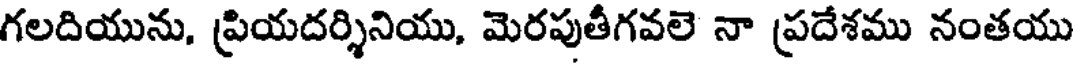
గలదియును, ప్రియదర్శినియు, మెరపుతీగవలె నా ప్రదేశము నంతయు